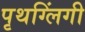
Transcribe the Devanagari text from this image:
पृथग्लिंगी